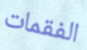
الفقمات